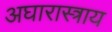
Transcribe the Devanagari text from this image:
अघारास्त्राय